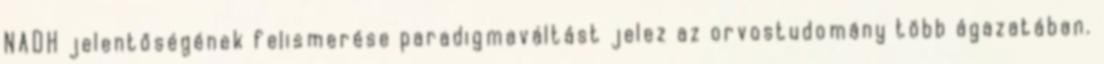
NADH jelentőségének felismerése paradigmaváltást jelez az orvostudomány több ágazatában.